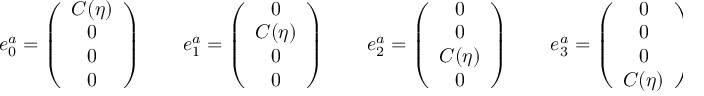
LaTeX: e _ { 0 } ^ { a } = \left( \begin{array} { c } { { C ( \eta ) } } \\ { { 0 } } \\ { { 0 } } \\ { { 0 } } \end{array} \right) \qquad e _ { 1 } ^ { a } = \left( \begin{array} { c } { { 0 } } \\ { { C ( \eta ) } } \\ { { 0 } } \\ { { 0 } } \end{array} \right) \qquad e _ { 2 } ^ { a } = \left( \begin{array} { c } { { 0 } } \\ { { 0 } } \\ { { C ( \eta ) } } \\ { { 0 } } \end{array} \right) \qquad e _ { 3 } ^ { a } = \left( \begin{array} { c } { { 0 } } \\ { { 0 } } \\ { { 0 } } \\ { { C ( \eta ) } } \end{array} \right)